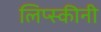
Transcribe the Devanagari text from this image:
लिप्स्कीनी